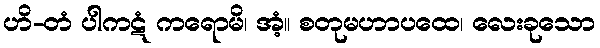
ဟိ-တံ ပါကဋံ ကရောမိ၊ အံ့။ စတုမဟာပထေ၊ လေးခုသော